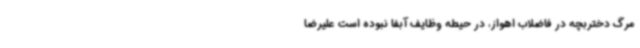
مرگ دختربچه در فاضلاب اهواز، در حیطه وظایف آبفا نبوده است علیرضا